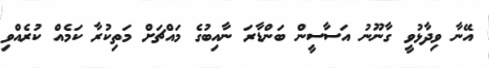
އޭނާ ވިދާޅުވީ ގާނޫނު އަސާސީން ބަންޑާރަ ނާއިބުގެ މައްޗަށް މަތިކުރާ ކަމެއް ކުރެއްވި